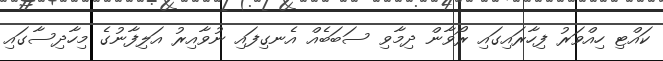
ކައްޓި ހިއްވަރު ފިހާރައިގައި ރޯވާން ދިމާވި ސަބަބެއް އެނގިފައި ނުވާއިރު އަލިފާނުގެ މިހާދިސާގައި